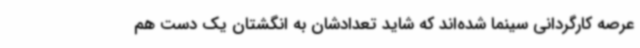
عرصه کارگردانی سینما شده‌اند که شاید تعدادشان به انگشتان یک دست هم